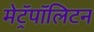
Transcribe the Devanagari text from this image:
मेट्रॅपॉलिटन